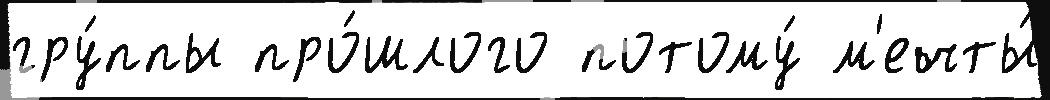
гру́ппы про́шлого потому́ м'ечты́